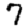
Digit: 7